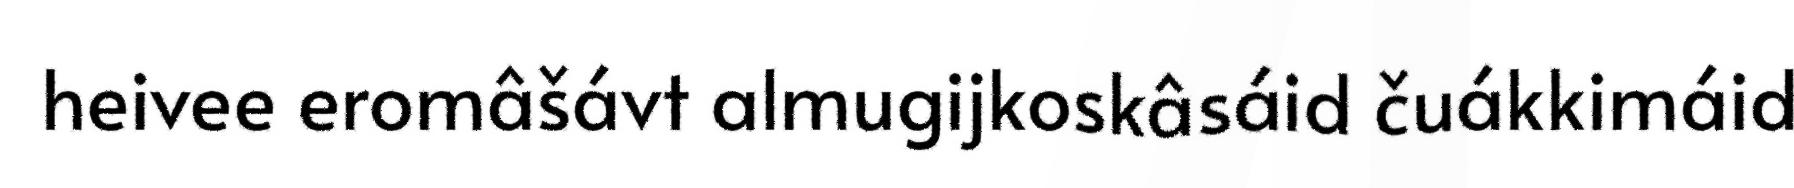
heivee eromâšávt almugijkoskâsáid čuákkimáid